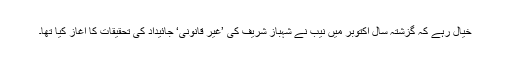
خیال رہے کہ گزشتہ سال اکتوبر میں نیب نے شہباز شریف کی ’غیر قانونی‘ جائیداد کی تحقیقات کا آغاز کیا تھا۔